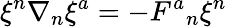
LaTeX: \xi^{n}\nabla_{n}\xi^{a}=-F^{a}{}_{n}\xi^{n}